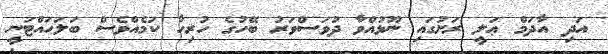
އަދި އާދަމް ޢަލީ ރަށުގައި ނޫޅުއްވާ ދުވަސްވަރު ބޭހުގެ ހުރިހާ ކަމެއްވެސް ބަލަހައްޓަނީ